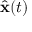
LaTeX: { \hat { \mathbf { x } } } ( t )